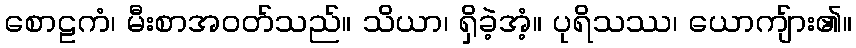
စောဠကံ၊ မီးစာအဝတ်သည်။ သိယာ၊ ရှိခဲ့အံ့။ ပုရိသဿ၊ ယောကျ်ား၏။